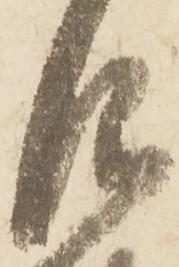
仰